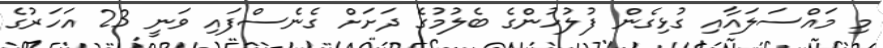
މި މައްސަލައާއި ގުޅިގެން ފުލުހުންގެ ބެލުމުގެ ދަށަށް ގެނެސްފައި ވަނީ 23 އަހަރުގެ